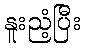
နူးညံ့ပြီး